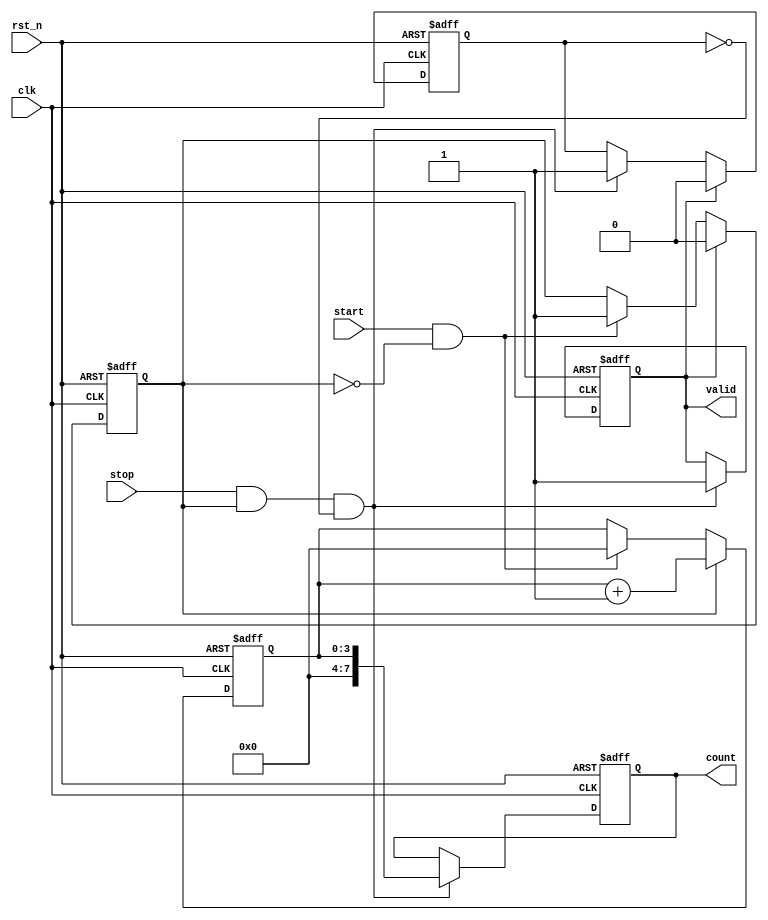
module TDC (
    input wire clk,          // System clock
    input wire rst_n,       // Active-low reset
    input wire start,       // Start signal
    input wire stop,        // Stop signal
    output reg [7:0] count, // 8-bit counter output (adjust width as needed)
    output reg valid        // Indicates valid output
);

    // Parameter for number of delay stages
    parameter NUM_DELAY_STAGES = 16; // Adjust for desired resolution

    // Delay line array
    reg [NUM_DELAY_STAGES-1:0] delay_line;
    
    // Internal signals
    reg start_flag;
    reg stop_flag;
    reg [3:0] delay_count; // Counter to count active delay stages

    // Sequential logic for reset and start/stop signal processing
    always @(posedge clk or negedge rst_n) begin
        if (!rst_n) begin
            count <= 8'b0;
            valid <= 1'b0;
            start_flag <= 1'b0;
            stop_flag <= 1'b0;
            delay_line <= {NUM_DELAY_STAGES{1'b0}};
            delay_count <= 4'b0;
        end else begin
            // Handle start signal
            if (start && !start_flag) begin
                start_flag <= 1'b1;
                delay_line <= {NUM_DELAY_STAGES{1'b0}}; // Clear delay line
                delay_count <= 4'b0; // Reset delay count
            end

            // Propagate signal through delay line
            if (start_flag) begin
                delay_line <= {1'b1, delay_line[NUM_DELAY_STAGES-1:1]}; // Shift in a '1'
                delay_count <= delay_count + 1; // Increment delay count
            end

            // Handle stop signal
            if (stop && start_flag && !stop_flag) begin
                stop_flag <= 1'b1;
                count <= delay_count; // Capture the count
                valid <= 1'b1; // Indicate valid output
            end

            // Reset flags after processing
            if (valid) begin
                start_flag <= 1'b0; // Reset start flag
                stop_flag <= 1'b0; // Reset stop flag
            end
        end
    end

endmodule